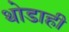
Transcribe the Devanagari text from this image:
थोडाही